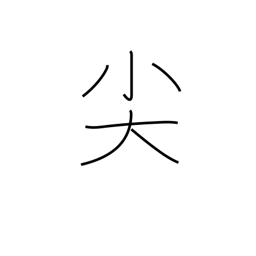
Meaning: be pointed